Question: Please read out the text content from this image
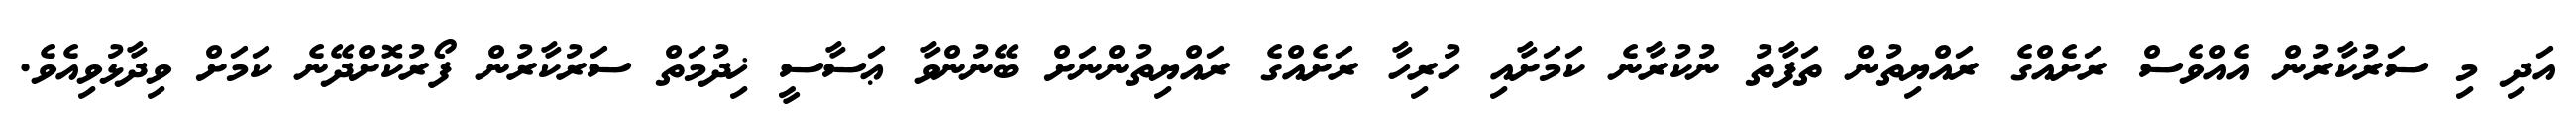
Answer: އަދި މި ސަރުކާރުން އެއްވެސް ރަށެއްގެ ރައްޔިތުން ތަފާތު ނުކުރާނެ ކަމަށާއި ހުރިހާ ރަށެއްގެ ރައްޔިތުންނަށް ބޭނުންވާ ޢަސާސީ ޚިދުމަތް ސަރުކާރުން ފޯރުކޮށްދޭނެ ކަމަށް ވިދާޅުވިއެވެ.